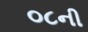
૦૮ની